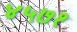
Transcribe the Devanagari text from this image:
४५७१